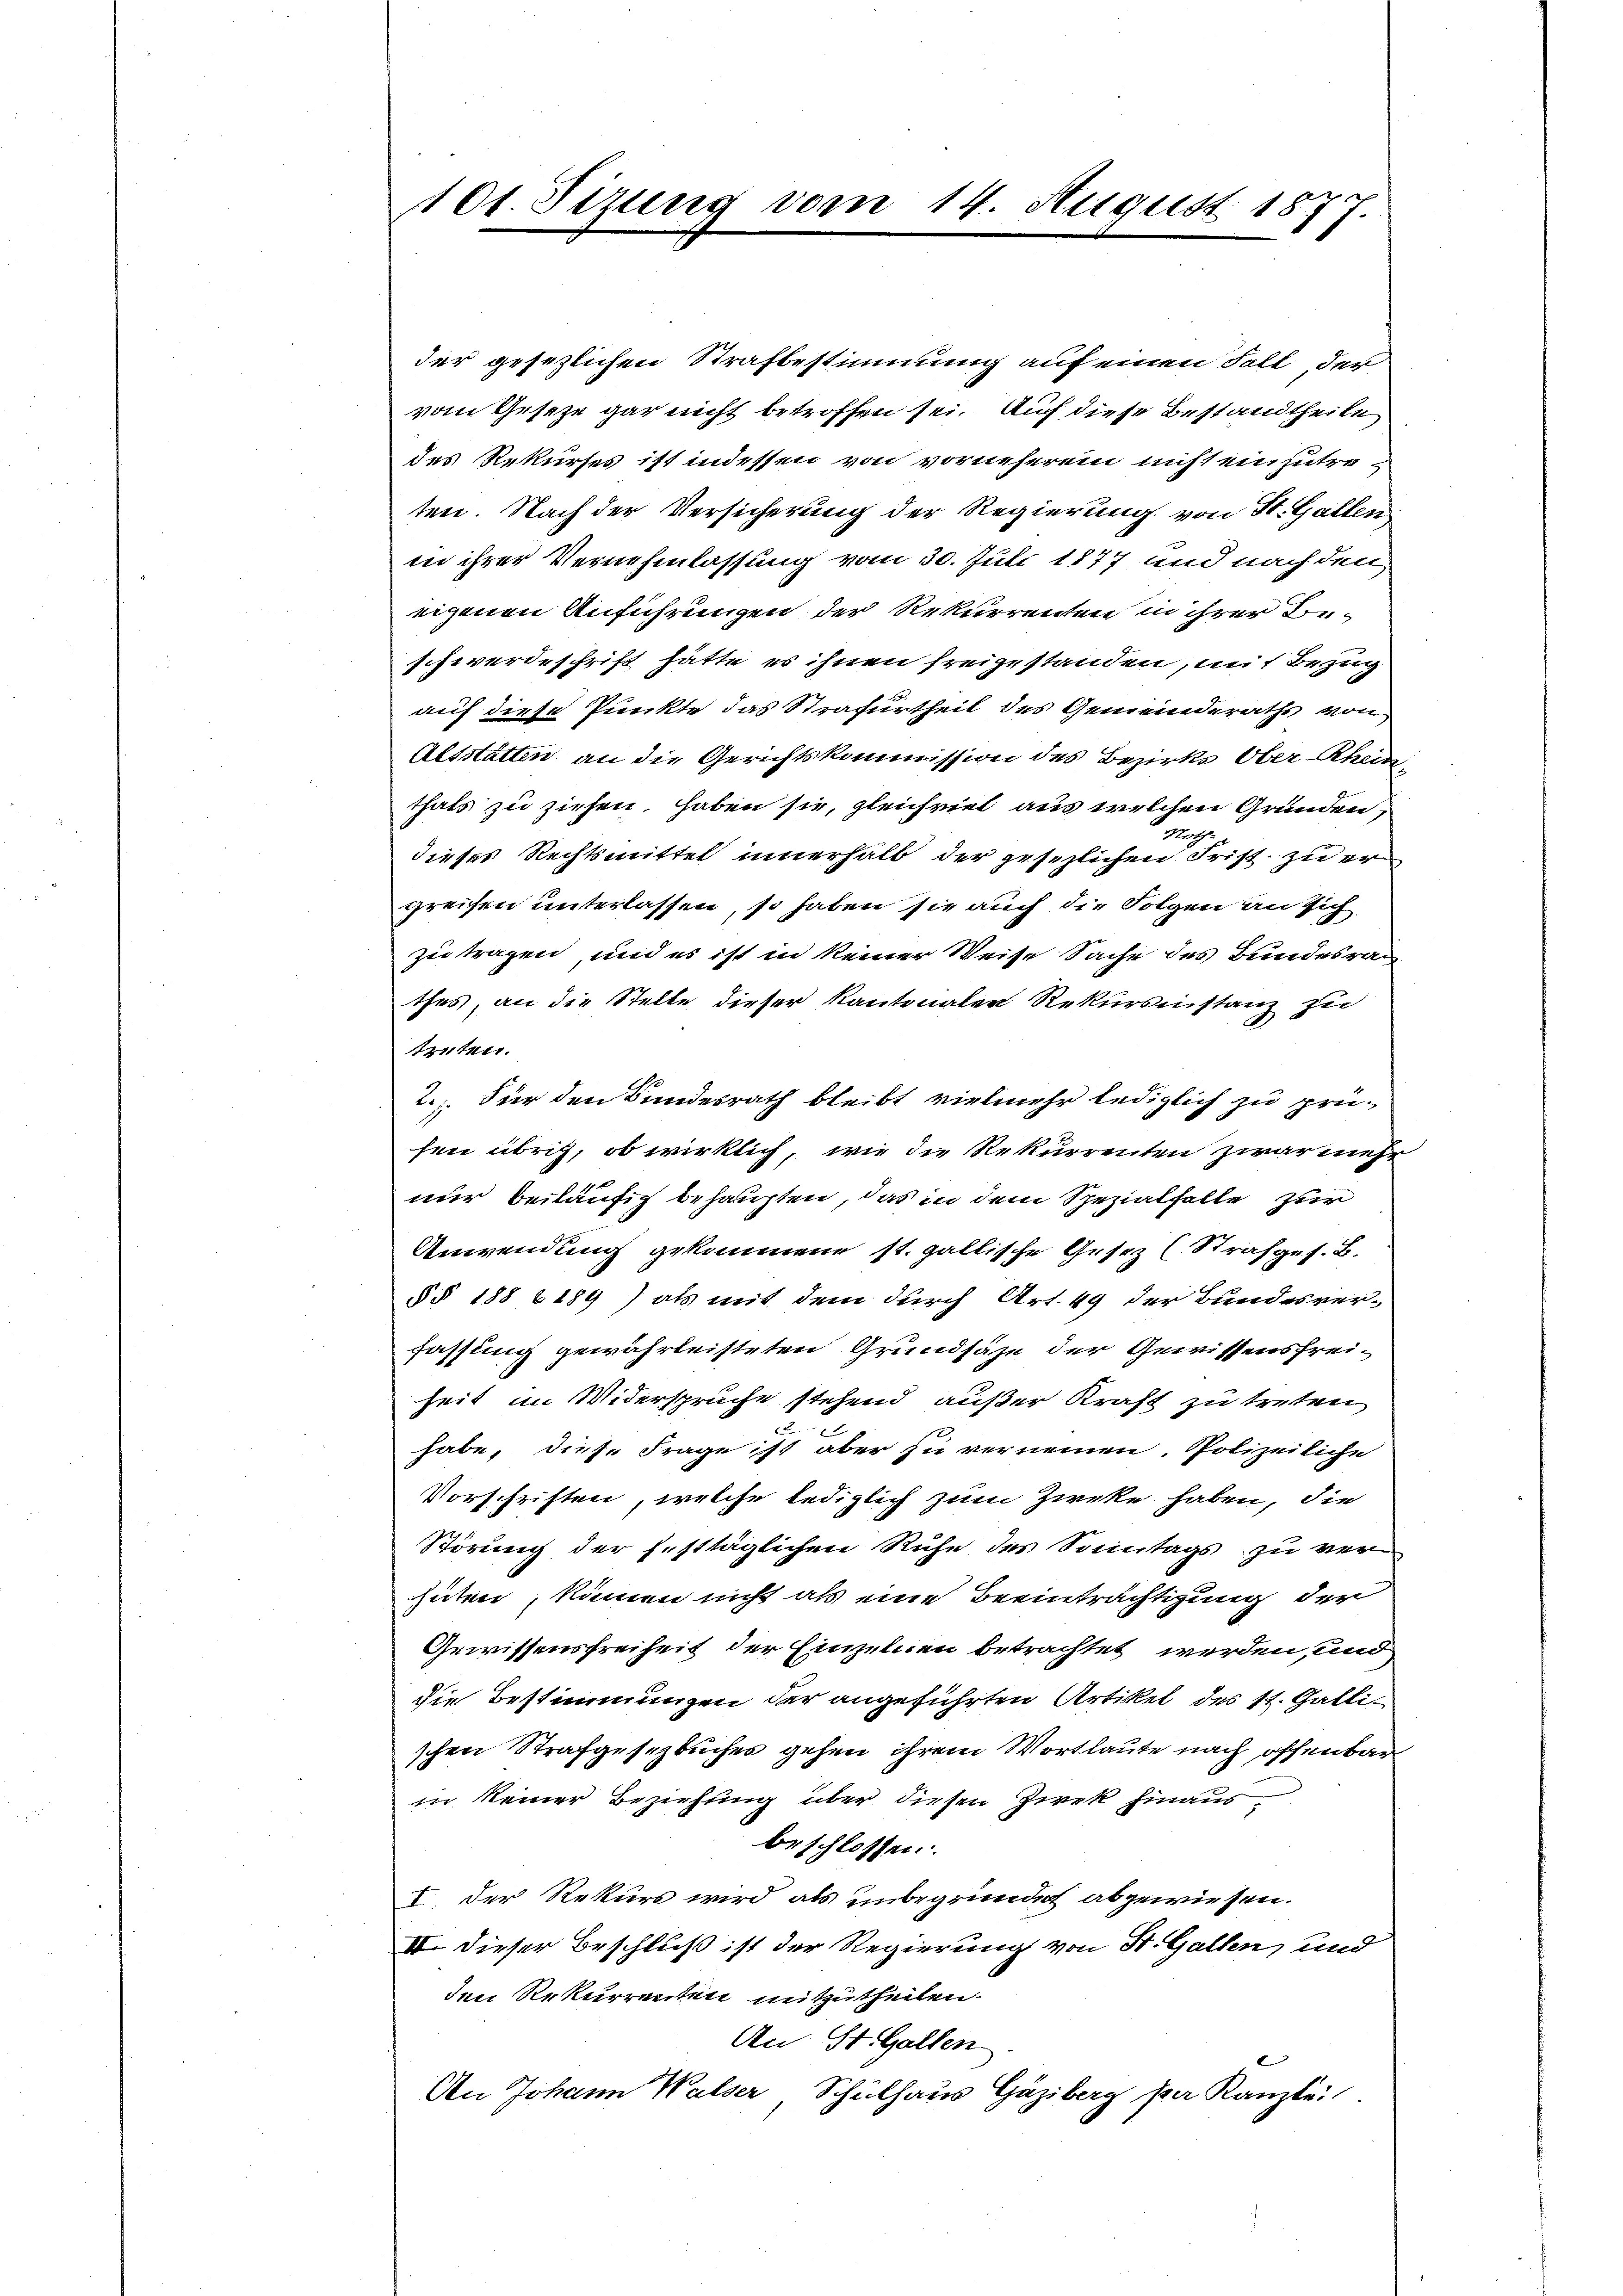
.
101. Sizung vom 14. August 18

der gesezlichen Strafbestimmung auf einen Fall der
vom Gesetze gar nicht betroffen sei. Auf diese Bestandtheile
des Rekurses ist indessen von vorneherein nicht einzutreten. Nach der Versicherung der Regierung von St. Gallen
in ihrer Vernehmlassung vom 30. Juli 1877 und nach den
eigenen Anführungen der Rekurrenten in ihrer Beschwerdeschrift hätte es ihnen freigestanden, mit Bezug
auf diese Punkte das Strafurtheil des Gemeinderaths von
Altstatten an die Gerichtskommission des Bezirks Ober-Rhein
thals zu ziehen haben sie, gleichviel aus welchen Gründen,
Hasch
dieses Rechtsmittel innerhalb der gesezlichen Frist zu ergreifen unterlassen, so haben sie auch die Folgen an sich
zu tragen, und es ist in keiner Weise Sache des Bundesra
thes, an die Stelle dieser Kantonaler Rekursinstanz zu
trüten.
2.) Für den Bundesrath bleibt vielmehr lediglich zu prühen übrig, ob wirklich, wie die Rekurrenten zwar mehr
nur beiläufig behaupten, das in dem Spezialfalle zur
Anwendung gekommene st. gallische Gesez (Strafges. B.
§ § 188 (189) als mit dem durch Art. 49 der Bundesver-
fassung gewährleisteten Grundsähe der Gewissensfreiheit im Widersprüche stehend außer Kraft zu treten
habe, diese Frage ist aber zu vernennen. Polizeiliche
Vorschriften, welche lediglich zum Zwecke haben, die
Störung der festtäglichen Ruhe des Sonntags zu ver-
hüten, können nicht als eine Beeinträchtigung der
Gewissensfreiheit der Einzelnen betrachtet werden, und
die Bestimmungen der angeführten Artikel des St. Galli
schen Strafgesezbuches gehen ihrem Wortlaute nach offenbar
in keiner Beziehung über diesen Zwek hinausbeschlossen:
I. Der Rekurs wird als unbegründet abgewiesen.
II. Dieser Beschluß ist der Regierung von St. Gallen, und
den Rekurrenten mitzutheilen.
An St. Gallen
An Johann Walser Schulhaus Gäzibarg par Kanzlei